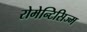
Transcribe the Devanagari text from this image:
रोमेन्टिसिज्म